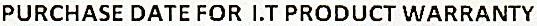
PURCHASE DATE FOR I.T PRODUCT WARRANTY